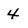
Character: 4